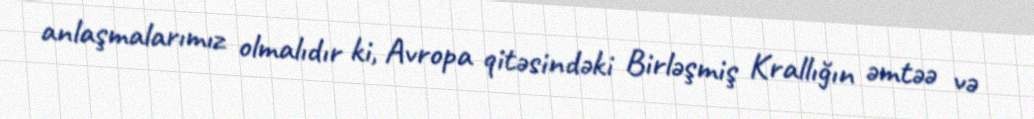
anlaşmalarımız olmalıdır ki, Avropa qitəsindəki Birləşmiş Krallığın əmtəə və